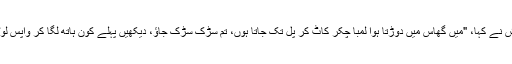
خرگوش نے کہا، "میں گھاس میں دوڑتا ہوا لمبا چکّر کاٹ کر پل تک جاتا ہوں، تم سڑک سڑک جاؤ، دیکھیں پہلے کون ہاتھ لگا کر واپس لوٹتا ہے۔